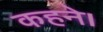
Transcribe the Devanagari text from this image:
कहने।